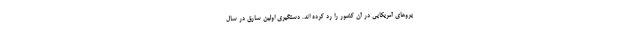
یروهای آمریکایی در آن کشور را رد کرده اند. دستگیری اولین سارق در سال